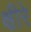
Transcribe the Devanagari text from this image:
क्षीरे